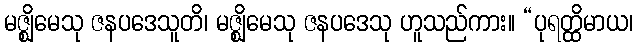
မဇ္ဈိမေသု ဇနပဒေသူတိ၊ မဇ္ဈိမေသု ဇနပဒေသု ဟူသည်ကား။ “ပုရတ္ထိမာယ၊